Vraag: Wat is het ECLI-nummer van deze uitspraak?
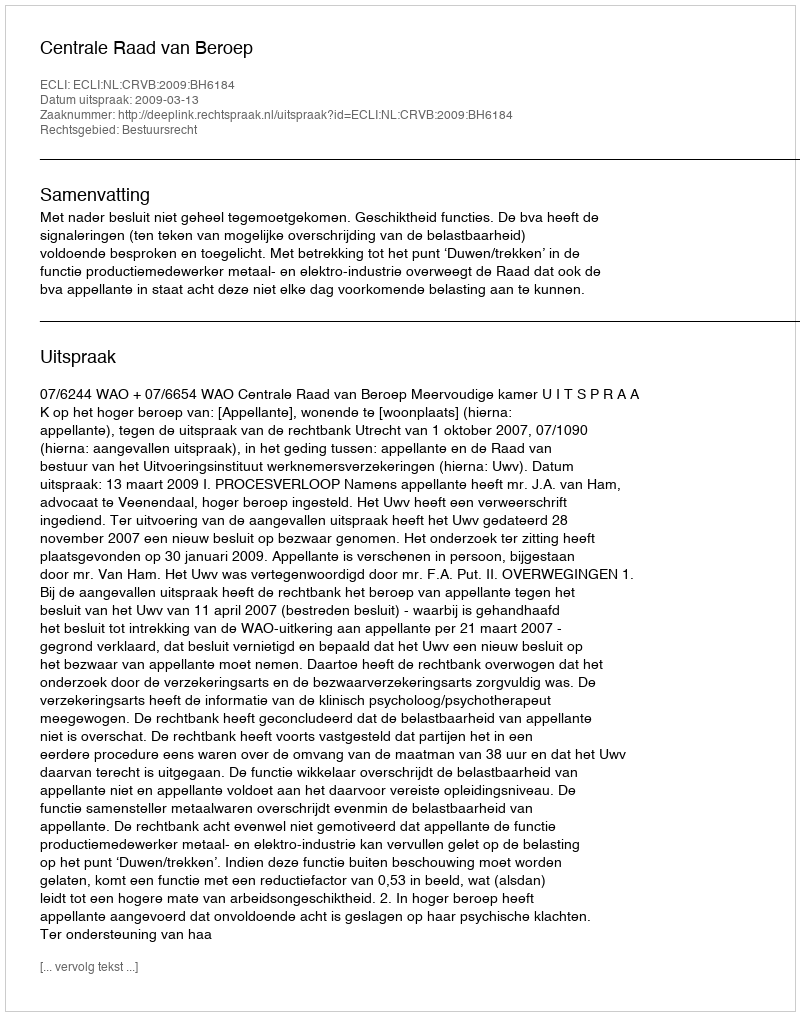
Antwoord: ECLI:NL:CRVB:2009:BH6184